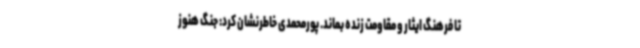
تا فرهنگ ایثار و مقاومت زنده بماند. پورمحمدی خاطرنشان کرد: جنگ هنوز